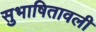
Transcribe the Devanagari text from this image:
सुभाषितावली